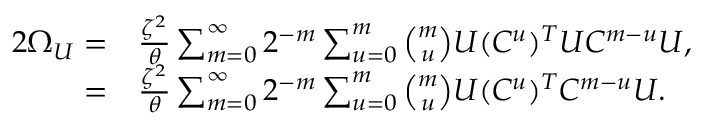
\begin{array} { r l } { 2 \Omega _ { U } = } & { \frac { \zeta ^ { 2 } } { \theta } \sum _ { m = 0 } ^ { \infty } { 2 ^ { - m } \sum _ { u = 0 } ^ { m } { \binom { m } { u } U ( C ^ { u } ) ^ { T } U C ^ { m - u } } U } , } \\ { = } & { \frac { \zeta ^ { 2 } } { \theta } \sum _ { m = 0 } ^ { \infty } { 2 ^ { - m } \sum _ { u = 0 } ^ { m } { \binom { m } { u } U ( C ^ { u } ) ^ { T } C ^ { m - u } } U } . } \end{array}